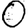
Digit: 0